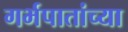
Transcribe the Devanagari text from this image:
गर्भपातांच्या